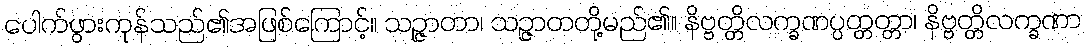
ပေါက်ဖွားကုန်သည်၏အဖြစ်ကြောင့်။ သဉ္ဇာတာ၊ သဉ္ဇာတတို့မည်၏။ နိဗ္ဗတ္တိလက္ခဏပ္ပတ္တတ္တာ၊ နိဗ္ဗတ္တိလက္ခဏာ